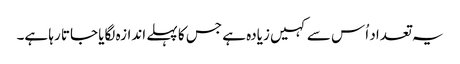
یہ تعداد اُس سے کہیں زیادہ ہے جس کا پہلے اندازہ لگایا جاتا رہا ہے۔